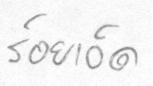
ร้อยเอ็ด